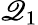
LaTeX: \mathscr{Q}_{1}